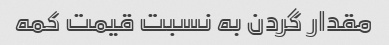
مقدار گردن به نسبت قیمت کمه